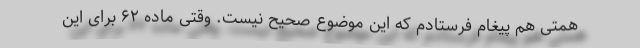
همتی هم پیغام فرستادم که این موضوع صحیح نیست. وقتی ماده ۶۲ برای این